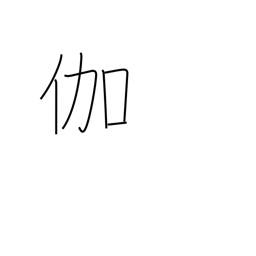
Meaning: nursing